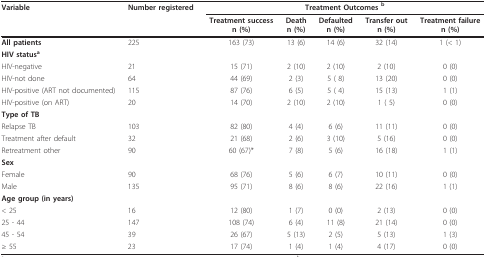
<table><thead><tr><td><b>Variable</b></td><td><b>Number registered</b></td><td colspan="5"><b>Treatment Outcomes <sup>b</sup></b></td></tr><tr><td></td><td></td><td><b>Treatment successn (%)</b></td><td><b>Deathn (%)</b></td><td><b>Defaultedn (%)</b></td><td><b>Transfer outn (%)</b></td><td><b>Treatment failuren (%)</b></td></tr></thead><tbody><tr><td><b>All patients</b></td><td>225</td><td>163 (73)</td><td>13 (6)</td><td>14 (6)</td><td>32 (14)</td><td>1 (&lt; 1)</td></tr><tr><td><b>HIV status<sup>a</sup></b></td><td></td><td></td><td></td><td></td><td></td><td></td></tr><tr><td>HIV-negative</td><td>21</td><td>15 (71)</td><td>2 (10)</td><td>2 (10)</td><td>2 (10)</td><td>0 (0)</td></tr><tr><td>HIV-not done</td><td>64</td><td>44 (69)</td><td>2 (3)</td><td>5 ( 8)</td><td>13 (20)</td><td>0 (0)</td></tr><tr><td>HIV-positive (ART not documented)</td><td>115</td><td>87 (76)</td><td>6 (5)</td><td>5 ( 4)</td><td>15 (13)</td><td>1 (1)</td></tr><tr><td>HIV-positive (on ART)</td><td>20</td><td>14 (70)</td><td>2 (10)</td><td>2 (10)</td><td>1 ( 5)</td><td>0 (0)</td></tr><tr><td><b>Type of TB</b></td><td></td><td></td><td></td><td></td><td></td><td></td></tr><tr><td>Relapse TB</td><td>103</td><td>82 (80)</td><td>4 (4)</td><td>6 (6)</td><td>11 (11)</td><td>0 (0)</td></tr><tr><td>Treatment after default</td><td>32</td><td>21 (68)</td><td>2 (6)</td><td>3 (10)</td><td>5 (16)</td><td>0 (0)</td></tr><tr><td>Retreatment other</td><td>90</td><td>60 (67)*</td><td>7 (8)</td><td>5 (6)</td><td>16 (18)</td><td>1 (1)</td></tr><tr><td><b>Sex</b></td><td></td><td></td><td></td><td></td><td></td><td></td></tr><tr><td>Female</td><td>90</td><td>68 (76)</td><td>5 (6)</td><td>6 (7)</td><td>10 (11)</td><td>0 (0)</td></tr><tr><td>Male</td><td>135</td><td>95 (71)</td><td>8 (6)</td><td>8 (6)</td><td>22 (16)</td><td>1 (1)</td></tr><tr><td><b>Age group (in years)</b></td><td></td><td></td><td></td><td></td><td></td><td></td></tr><tr><td>&lt; 25</td><td>16</td><td>12 (80)</td><td>1 (7)</td><td>0 (0)</td><td>2 (13)</td><td>0 (0)</td></tr><tr><td>25 - 44</td><td>147</td><td>108 (74)</td><td>6 (4)</td><td>11 (8)</td><td>21 (14)</td><td>0 (0)</td></tr><tr><td>45 - 54</td><td>39</td><td>26 (67)</td><td>5 (13)</td><td>2 (5)</td><td>5 (13)</td><td>1 (3)</td></tr><tr><td>≥ 55</td><td>23</td><td>17 (74)</td><td>1 (4)</td><td>1 (4)</td><td>4 (17)</td><td>0 (0)</td></tr></tbody></table>